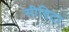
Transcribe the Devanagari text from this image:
सीविटा